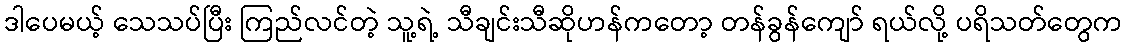
ဒါပေမယ့် သေသပ်ပြီး ကြည်လင်တဲ့ သူ့ရဲ့ သီချင်းသီဆိုဟန်ကတော့ တန်ခွန်ကျော် ရယ်လို့ ပရိသတ်တွေက